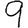
Digit: 9